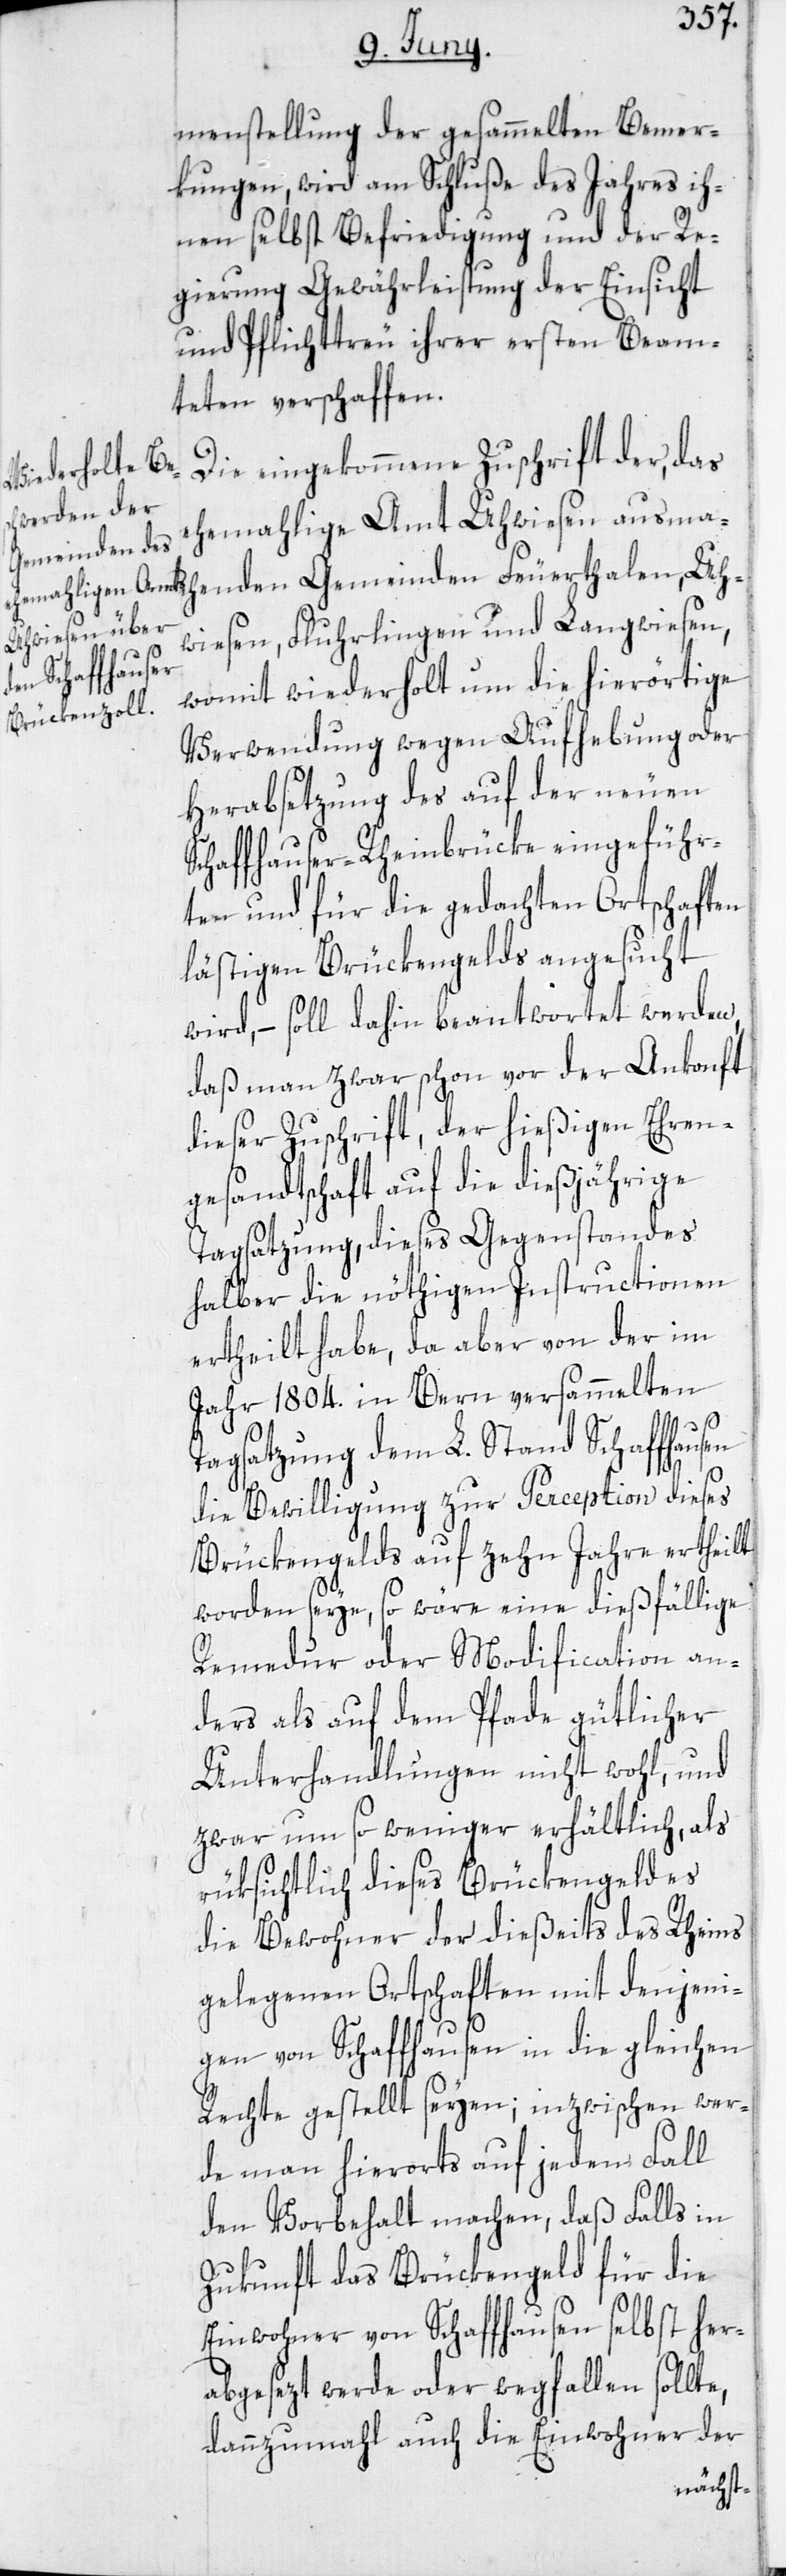
menstellung der gesammelten Bemer¬
kungen, wird am Schluße des Jahres ih¬
nen selbst Befriedigung und der Re¬
gierung Gewährleistung der Einsicht
und Pflichttreu ihrer ersten Beam¬
teten verschaffen.
Die eingekommene Zuschrift der, das
ehemalige Amt Uhwiesen ausmach¬
enden Gemeinden Feuerthalen, Uh¬
wiesen, Fluhrlingen und Langwiesen,
womit wiederholt um die hierörtige
Verwendung wegen Aufhebung oder
Herabsetzung des auf der neuen
Schaffhauser-Rheinbrücke eingeführ¬
ten und für die gedachten Ortschaften
lästigen Brückengelds angesucht
wird, – soll dahin beantwortet werden,
daß man zwar schon vor der Ankonft
dieser Zuschrift, der hießigen Ehren¬
gesandtschaft auf die dießjährige
Tagsatzung, dieses Gegenstandes
halber die nöthigen Instructionen
ertheilt habe, da aber von der im
Jahr 1804. in Bern versammelten
Tagsatzung dem L. Stand Schaffhausen
die Bewilligung zur Perception dieses
Brückengelds auf zehn Jahre ertheilt
worden seye, so wäre eine dießfällige
Remedur oder Modification an¬
ders als auf dem Pfade gütlicher
Unterhandlungen nicht wohl, und
zwar um so weniger erhältlich, als
rüksichtlich dieses Brückengeldes
die Bewohner der dießeits des Rheins
gelegenen Ortschaften mit denjeni¬
gen von Schaffhausen in die gleichen
Rechte gestellt seyen; inzwischen wer¬
de man hierorts auf jeden Fall
den Vorbehalt machen, daß Falls in
Zukunft das Brückengeld für die
Einwohner von Schaffhausen selbst her¬
abgesezt werde oder wegfallen sollte,
dannzumahl auch die Einwohner der